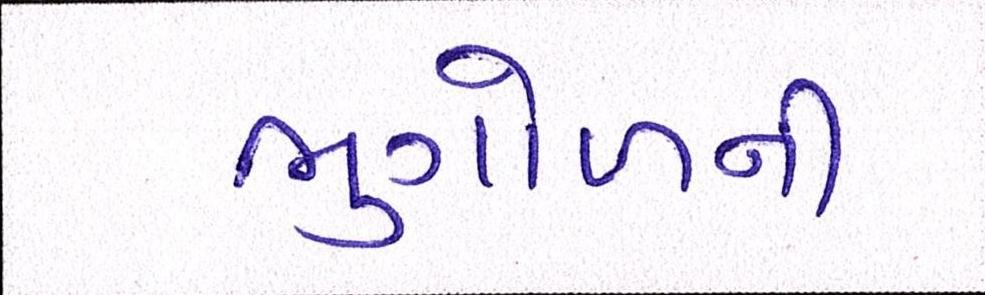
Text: ભુગોળની